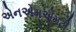
એનએમએમટી